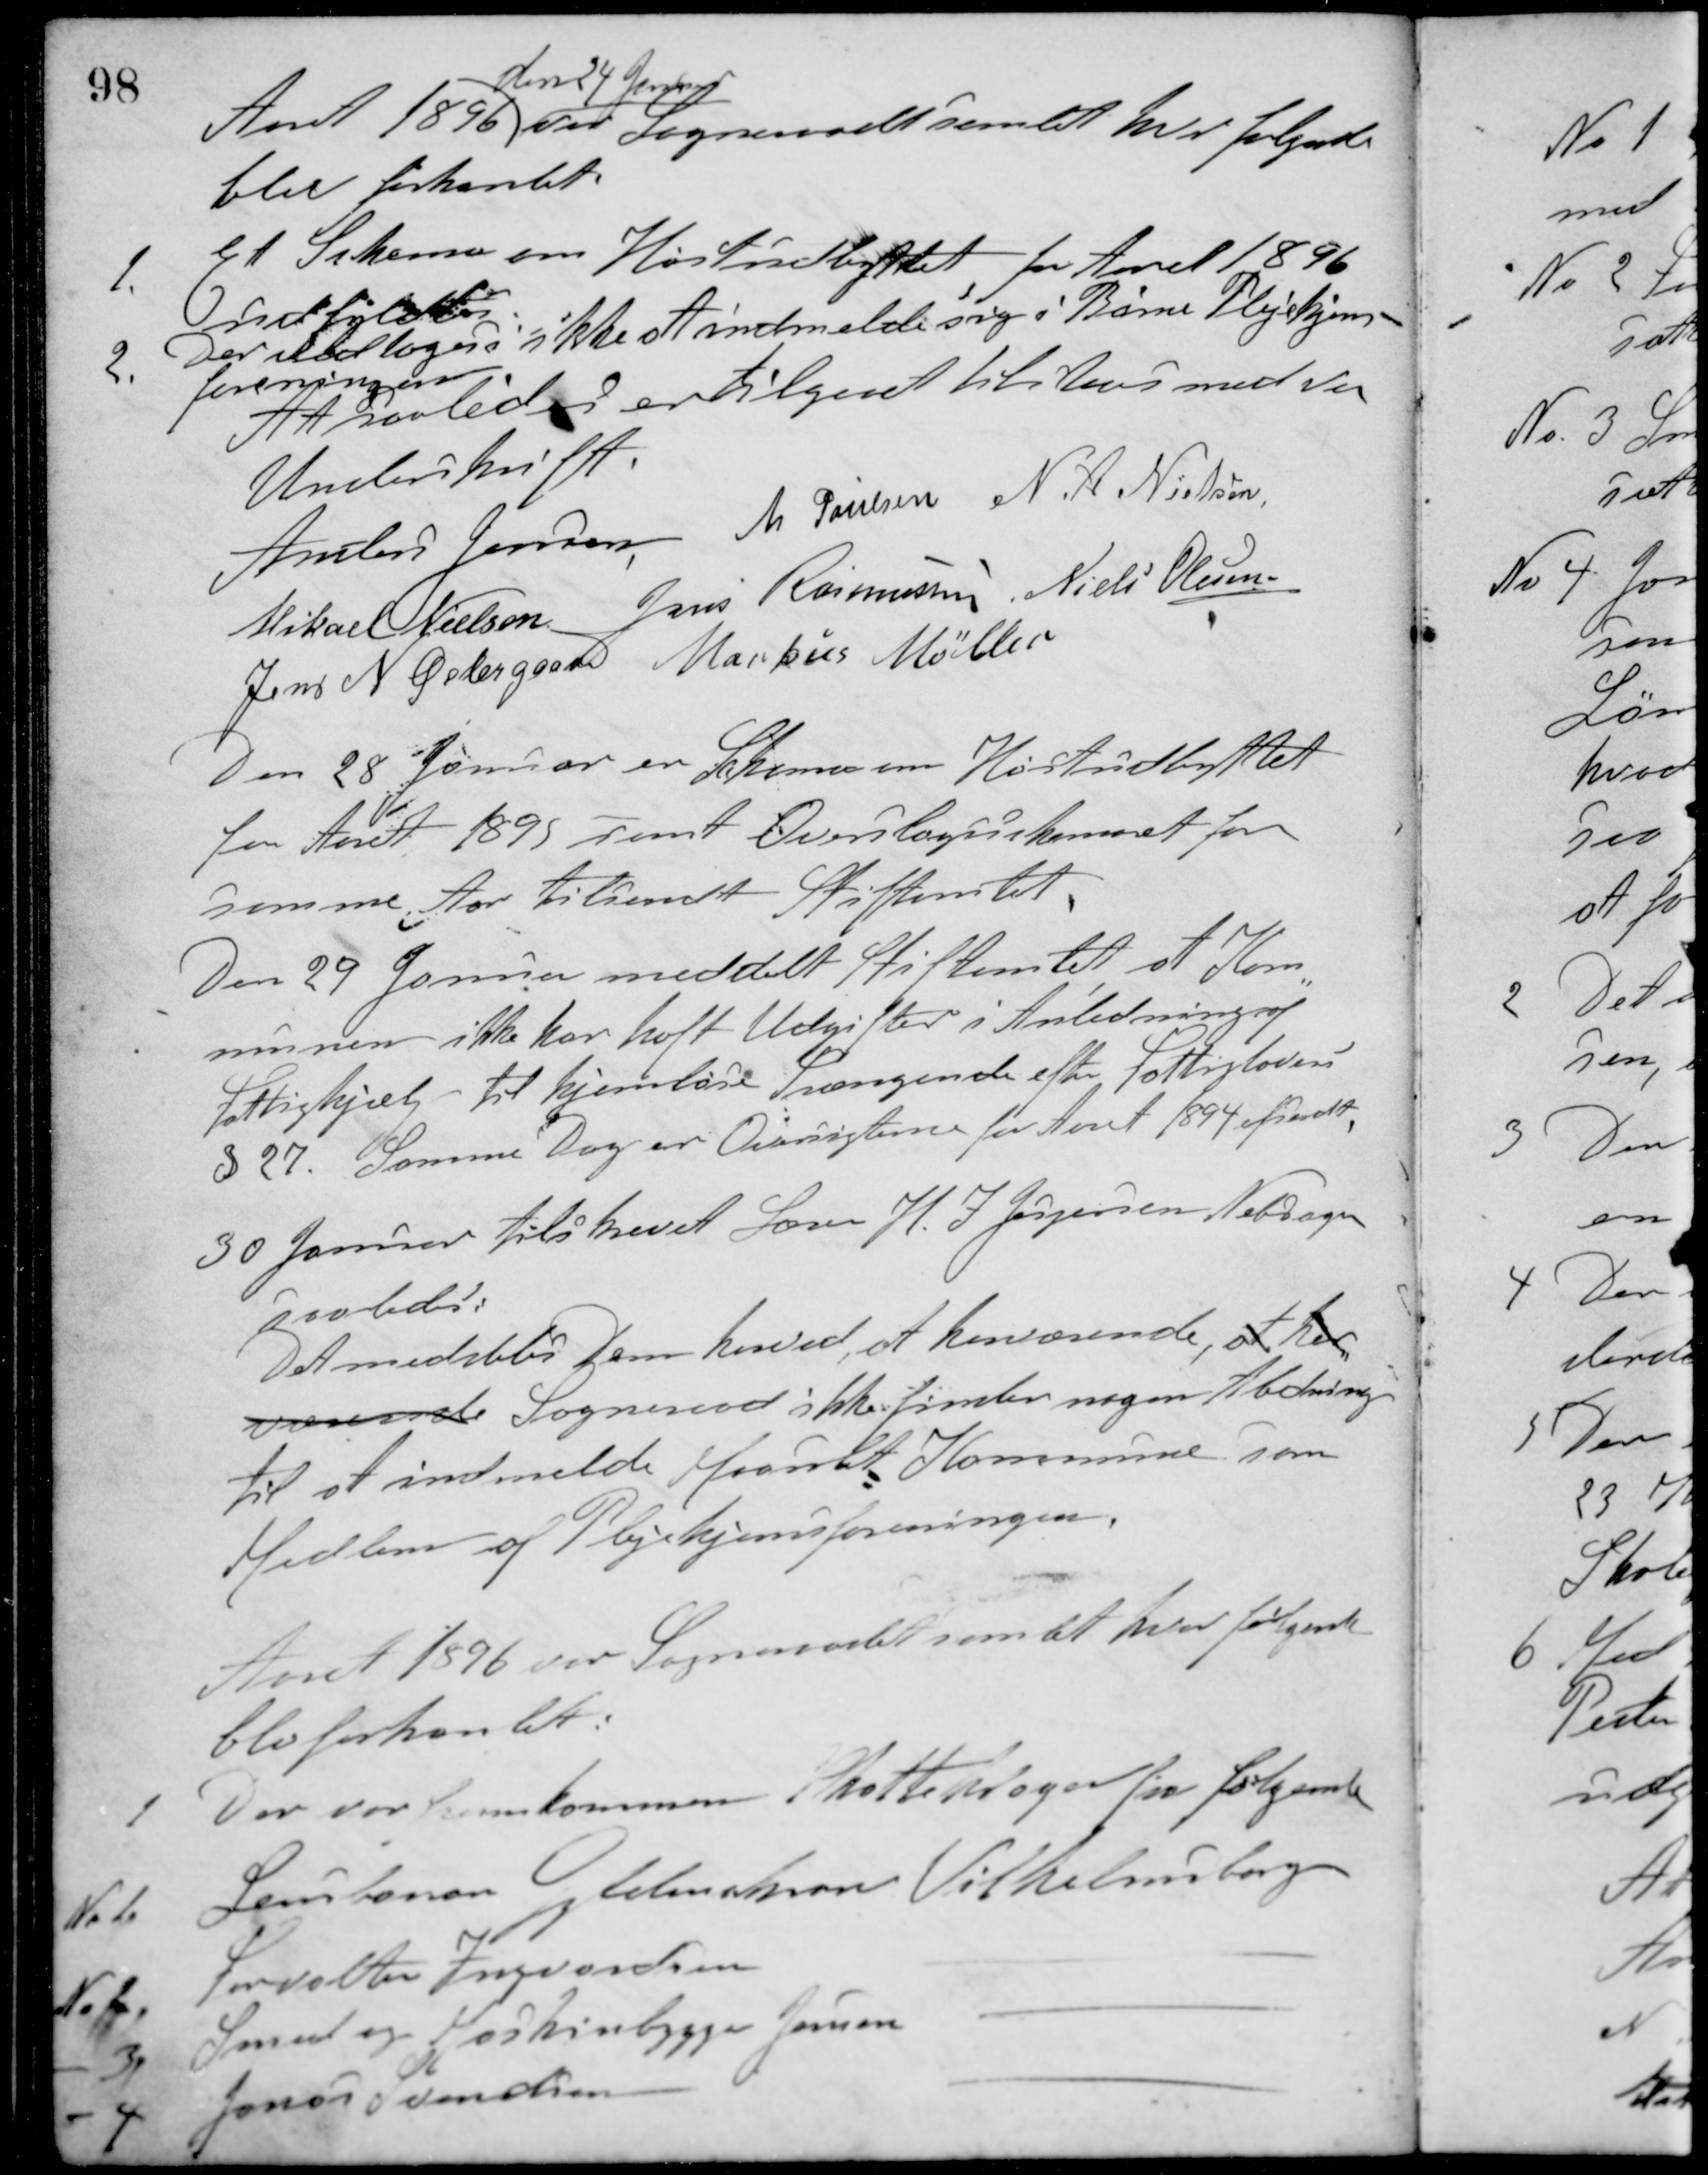
Transskription:
Aaret 1896
den 24 Januar
var Sogneraadet samlet, hvor følgende
blev forhandlet:
1. Et Skema om Høstudbyttet for Aaret 1896
udfyldtes.
2. Der vedtoges ikke at indmelde sig i Børne Plejehjems-
foreningen.
At saaledes er tilgaaet tilstaaes med vor
Underskrift.
Anders Jensen M. Poulsen N. A. Nielsen
Mikael Nielsen Jens Rasmussen Niels Olesen
Jens N. Østergaard Markus Møller
Den 28 Januar er Skemaer om Høstudbyttet
for Aaret 1895 samt Overslagsskemaet for
samme Aar tilsendt Stiftamtet.
Den 29 Januar meddelt Stiftamtet at Kom-
munen ikke har haft Udgifter i Anledning af
Fattighjælp til hjemløse Trængende efter Fattiglovens
§ 27. Samme Dag er Oversigterne for Aaret 1894 afsendt.
30 Januar tilskrevet Søren H. I. Jespersen Nebsager
saaledes:
Det meddeles Dem henved, at henværende, at her
værende Sogneraad ikke finder nogen Anledning
til at indmelde Maarslet Kommune som
Medlem af Plejehjemsforeningen.
Aaret 1896 var Sogneraadet samlet hvor følgende
blev forhandlet:
1. Der var fremkommen Skatteklager fra følgende
No 1. Lensbaron Gyldenchrone Vilhelmsborg
No 2. Forvalter Ingvardsen -
- 3. Smed og Maskinbygger Jensen -
- 4. Janus Svendsen -